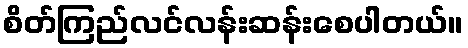
စိတ်ကြည်လင်လန်းဆန်းစေပါတယ်။